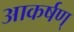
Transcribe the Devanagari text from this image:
आकर्षण्